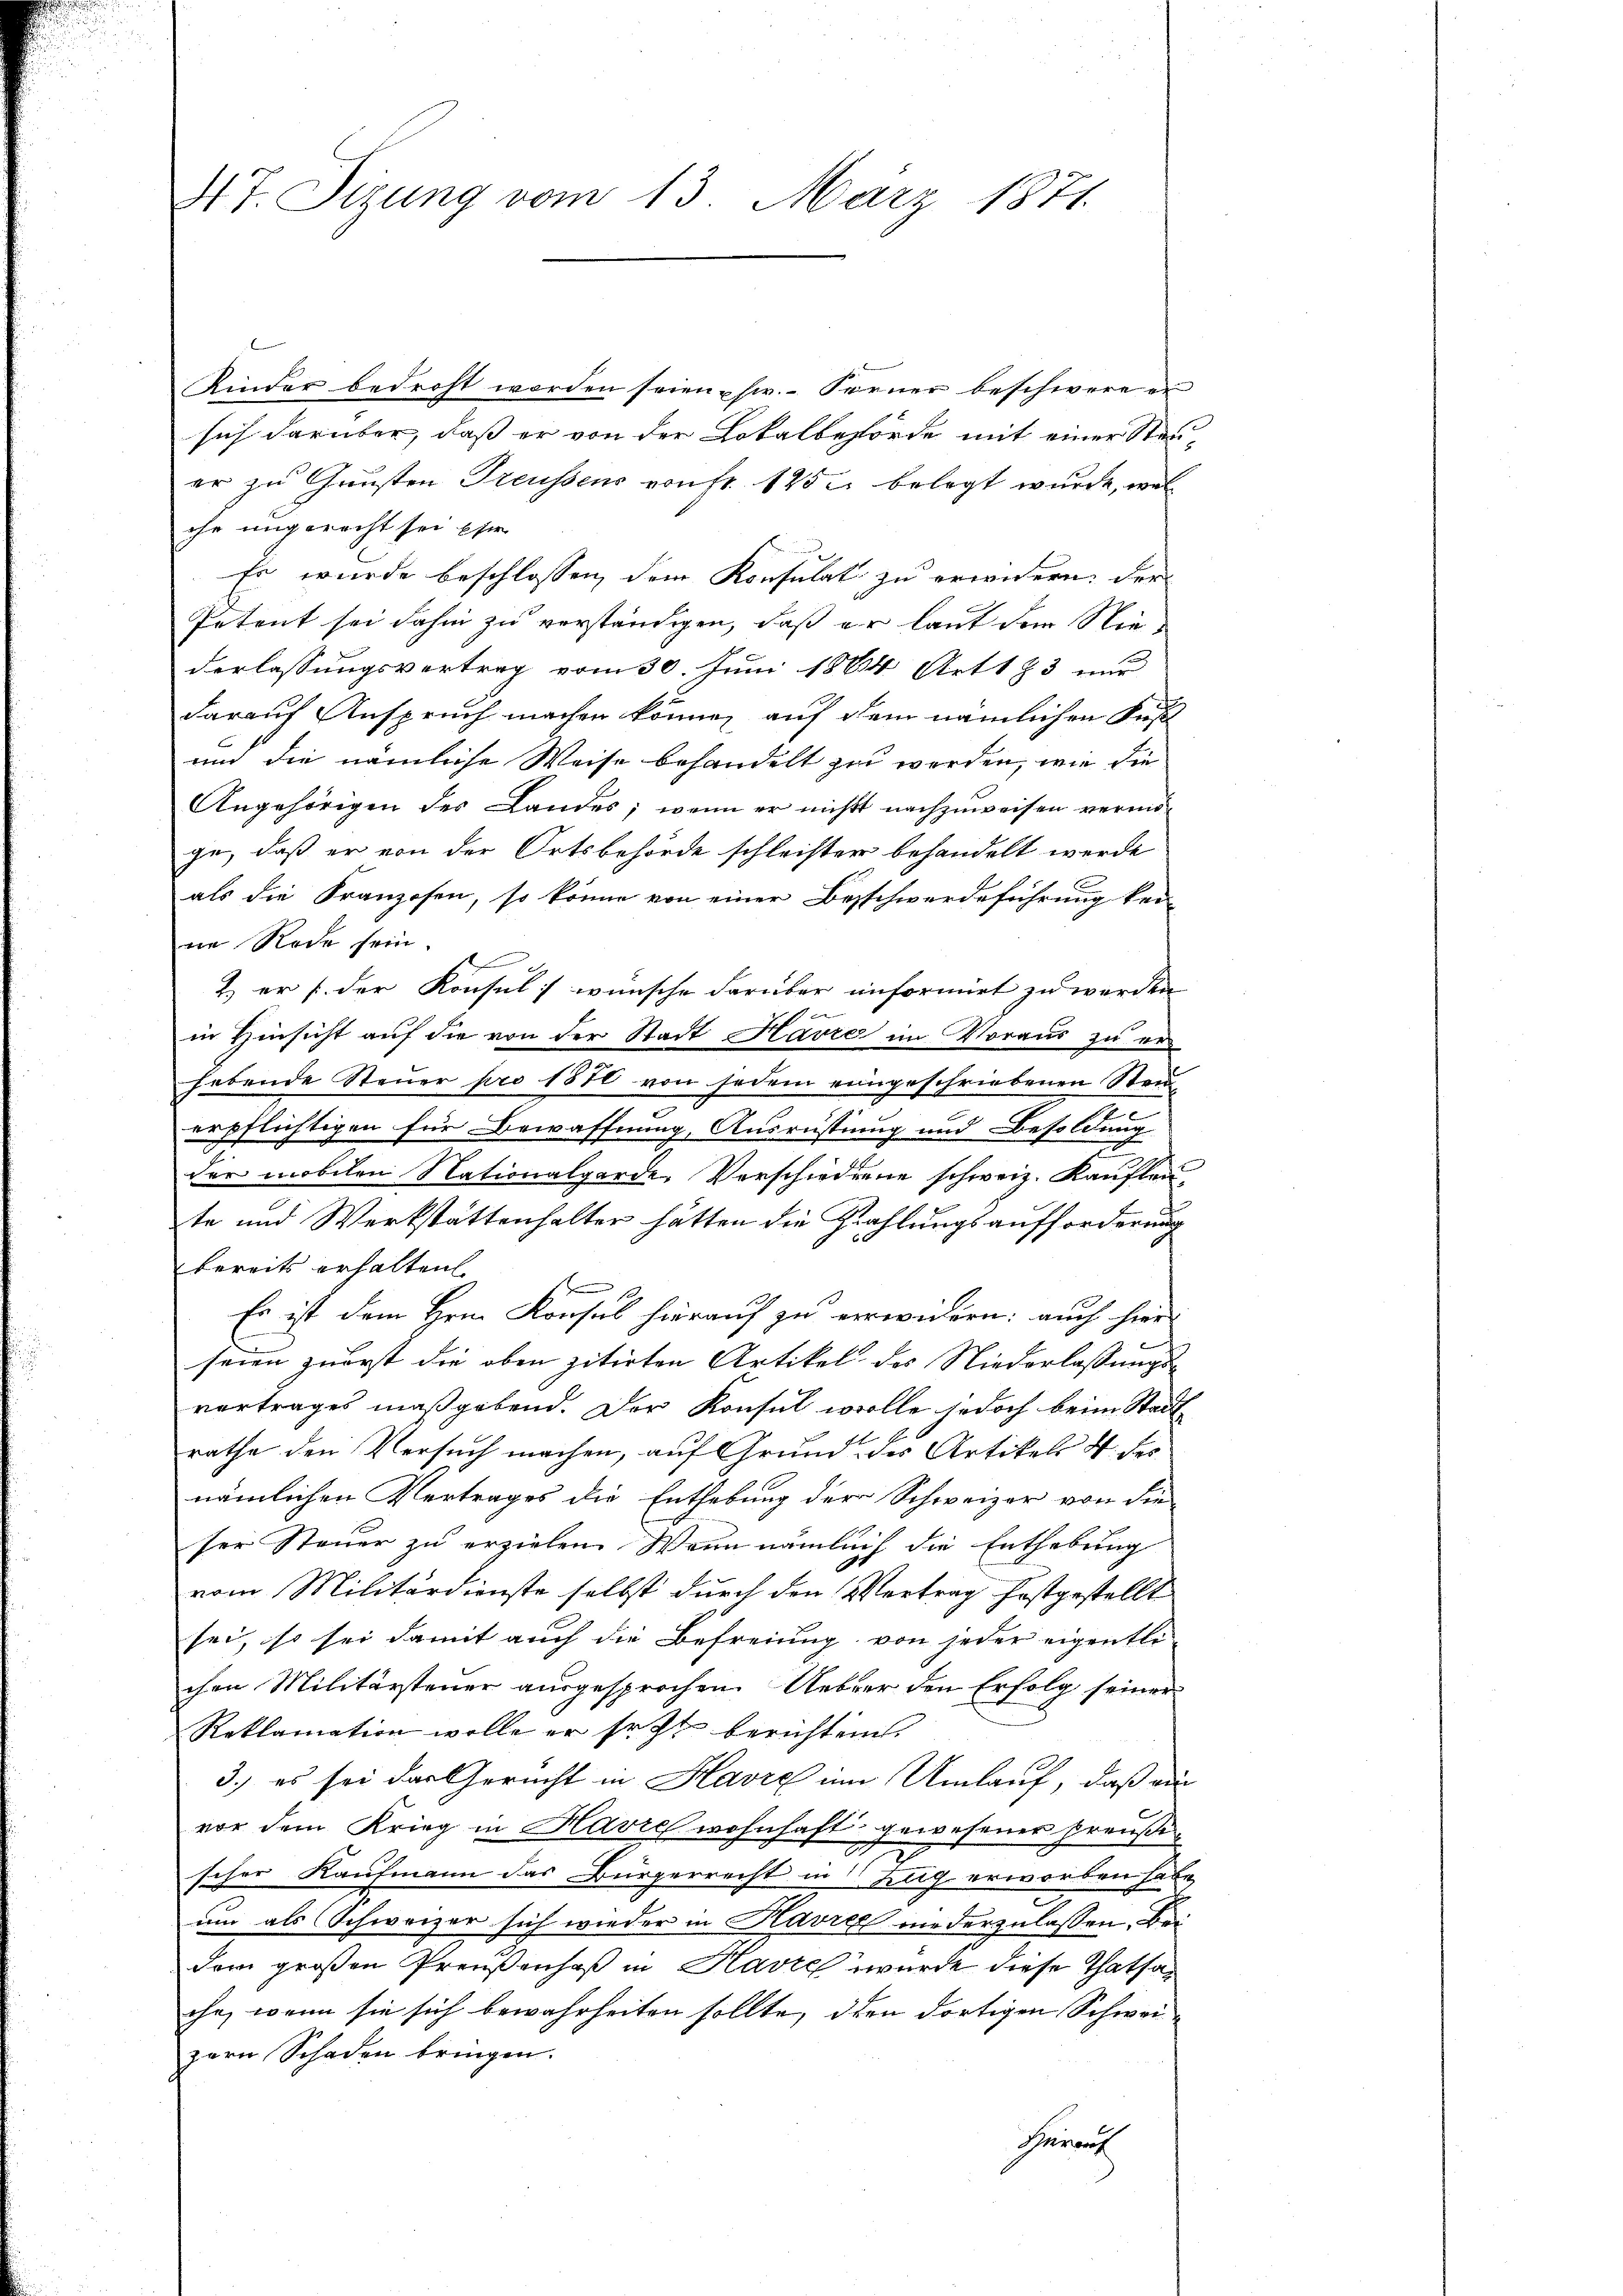
47 Sizung vom 13. März 1871

Kinder bedroht worden seien usw. – Ferner beschwere ei
sich darüber, daß er von der Lokalbehörde mit einer Steuer zu Gunsten Treussens von fr. 145 u. belegt wurde, welihr ungerecht sei eher
Es wurde beschlossen, dem Konsulat zu erwidern, der
Petent sei dahin zu verständigen, daß er laut dem Niederlassungsvertrag vom 30. Juni 1864 Art 173 nur
darauf Anspruch machen können, auf dem nämlichen Fuß
und die nämliche Weise behandelt zu werden, wie die
Angehörigen des Landes; wenn er nicht nachzuweisen vermöge, daß er von der Ortsbehörde schleister behandelt werde
als die Franzosen, so könne von einer Beschwerdeführung kei
ne Rede sein.
e
in Hinsicht auf die von der Stadt Havre im Voraus zu erhebende Steuer pro 1870 von jedem eingeschriebenen Steuc
erpflichtigen für Bewaffnung, Ausrüstung und Besoldung
der mobilen Nationalgarde, Verschiedene schweiz. Kauften,
te und Werkstattenhalter hätten die Zahlungsaufforderung
bereits erhalten.
ff
Es ist dem Hrn. Konsul hierauf zu verwidern; auch hier
seien zuerst die oben zitirten Artikel des Niederlassungs-
vertrages maßgebend. Der Konsul wolle, jedoch beim Stadt
rathe den Versuch machen, auf Grund des Artikels 4. des
nämlichen Vertrages die Enthebung der Schweizer von die
ser Steuer zu erziehen. Wenn nämlich die Enthebung
vom Militärdienste selbst durch den Vertrag festgestellt
sei, so sei damit auch die Befreiung von jeder eigentlic
chen Militärsteuer ausgesprochen. Ueber den Erfolg seiner
Reklamation wolle er seht berichten.
3.) es sei das Gericht in Havre im Umlauf, daß au
vor dem Krieg in Havre wohnhaft gewesener preußischer Kaufmann das Bürgerrecht in Felig erworben habe,
um als Schweizer sich wieder in Kavrez niederzulassen, Bei
dem großen Preußenhof in Havre wurde diese Thatsache, wenn sie sich bewahrheiten sollte, den dortigen Schweizern Schaden bringen.
Herrn

2. er der Konsul wünsche darüber informirt zu werden